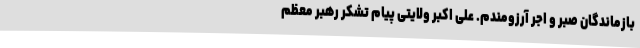
بازماندگان صبر و اجر آرزومندم. علی اکبر ولایتی پیام تشکر رهبر معظم